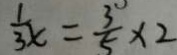
\frac { 1 } { 3 x } = \frac { 3 } { 5 } \times 2